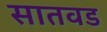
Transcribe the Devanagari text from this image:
सातवड